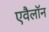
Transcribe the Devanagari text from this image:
एवैलॉन